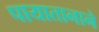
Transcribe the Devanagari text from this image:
पायातानाने